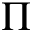
\Pi